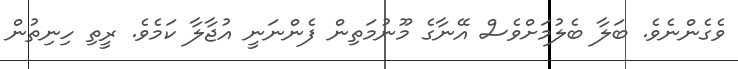
ވެގެންނެވެ. ބަލާ ބެލުމަށްވެސް އޭނާގެ މޫނުމަތިން ފެންނަނީ އުޖާލާ ކަމެވެ. ރީތި ހިނިތުން